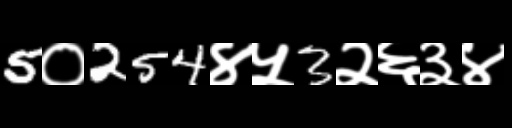
Text: 5०254४५3२६३४